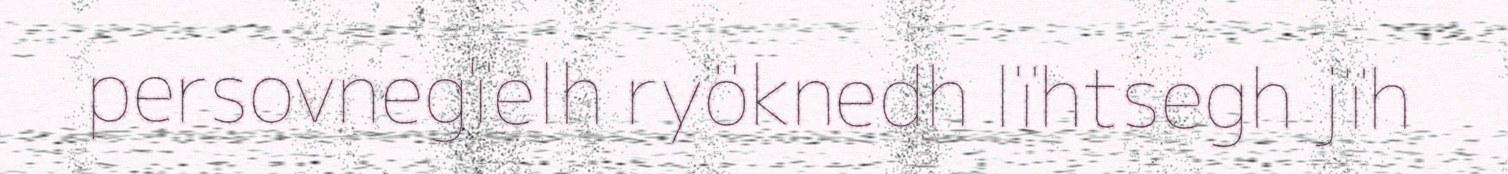
persovnegïelh ryöknedh lïhtsegh jïh